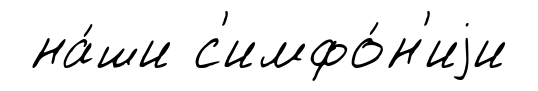
на́ши с'имфо́н'иjи